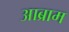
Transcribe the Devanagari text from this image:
आब्राम